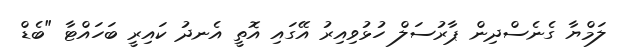
ލަމްޔާ ގެނެސްދިން ޕާރުސަލް ހުޅުވިއިރު އޭގައި އޮތީ އެނދު ކައިރީ ބަހައްޓާ "ބެޑް